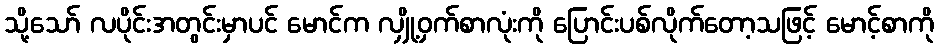
သို့သော် လပိုင်းအတွင်းမှာပင် မောင်က လျှို့ဝှက်စာလုံးကို ပြောင်းပစ်လိုက်တော့သဖြင့် မောင့်စာကို